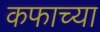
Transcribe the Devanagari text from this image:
कफाच्या